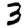
Digit: 3